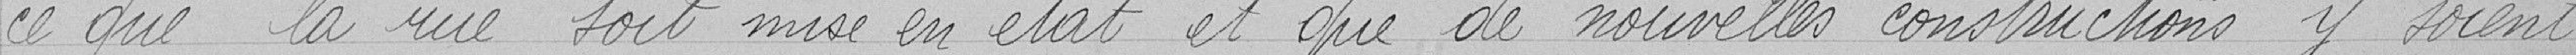
ce que la rue soit mise en état et que de nouvelles constructions y soient